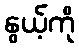
နွယ့်ကို